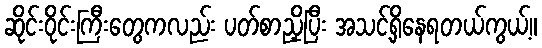
ဆိုင်းဝိုင်းကြီးတွေကလည်း ပတ်စာညှိပြီး အသင့်ရှိနေရတယ်ကွယ့်။